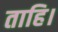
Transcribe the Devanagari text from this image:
ताहि।